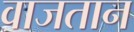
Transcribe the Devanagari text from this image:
वाजतान